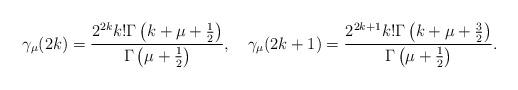
LaTeX: \begin{align*}\gamma_\mu(2k)= \frac{2^{2k}k!\Gamma\left(k+\mu+\frac{1}{2}\right)}{\Gamma\left(\mu+\frac{1}{2}\right)},~~~\gamma_\mu(2k+1)= \frac{2^{2k+1}k!\Gamma\left(k+\mu+\frac{3}{2}\right)}{\Gamma\left(\mu+\frac{1}{2}\right)}.\end{align*}